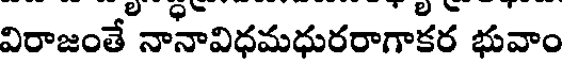
విరాజంతే నానావిధమధురరాగాకర భువాం